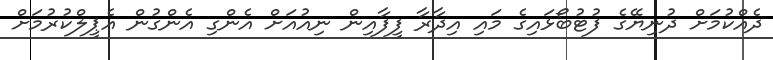
ދެއްކުމަށް ދުނިޔޭގެ ފުޓުބޯޅައިގެ މައި އިދާރާ ފީފާއިން ނިއުއަށް އެންގި އެންގުން އެޕީލްކުރުމަށް